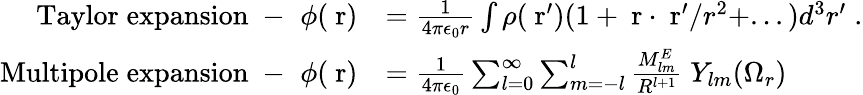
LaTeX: \begin{array}{rl}{\mathrm{Taylor\; expansion\; -\; \; }\phi(\mathrm{\mathbf~r})}&{=\frac{1}{4\pi\epsilon_{0}r}\int\rho(\mathrm{\mathbf~r}^{\prime})(1+\mathrm{\mathbf~r}\cdot\mathrm{\mathbf~r}^{\prime}/r^{2}+...)d^{3}r^{\prime}\; .}\\ {\mathrm{Multipole\; expansion\; -\; \; }\phi(\mathrm{\mathbf~r})}&{=\frac{1}{4\pi\epsilon_{0}}\sum_{l=0}^{\infty}\sum_{m=-l}^{l}\frac{M_{lm}^{E}}{R^{l+1}}\; Y_{lm}(\Omega_{r})}\end{array}